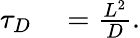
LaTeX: \begin{array}{rl}{\tau_{D}}&{{}=\frac{L^{2}}{D}.}\end{array}